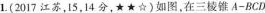
1.(2017江苏，15，14分，★★☆)如图，在三棱锥A-BCD